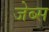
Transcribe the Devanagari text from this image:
जेब्स